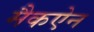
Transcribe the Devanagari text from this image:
मैकऐन